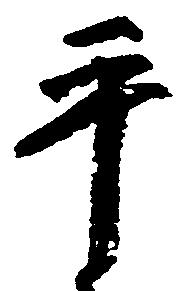
平